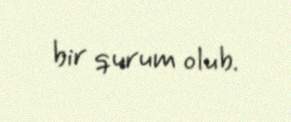
bir qurum olub.